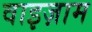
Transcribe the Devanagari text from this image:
वाइज़ाम